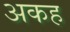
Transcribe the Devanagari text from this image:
अकह